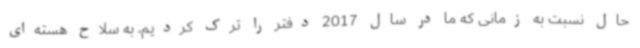
حال نسبت به زمانی که ما در سال 2017 دفتر را ترک کردیم، به سلاح هسته‌ای